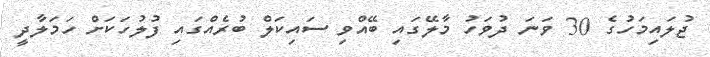
ޖުލައިމަހުގެ 30 ވަނަ ދުވަހު މާލޭގައި ބޭއްވި ސައިކަލް ބުރެއްގައި ފުލުހަކަށް ހަމަލާދީ